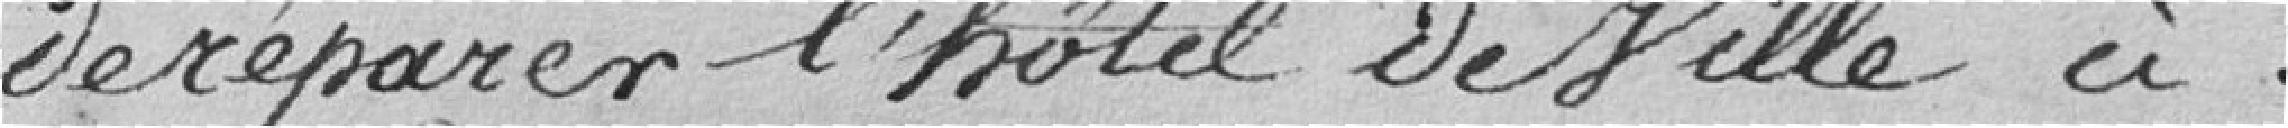
de réparer l'hôtel de ville à